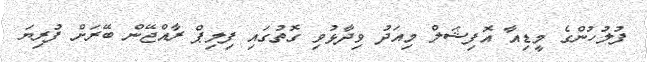
ފުލުހުންގެ މީޑިއާ އޮފިޝަލް މިއަދު ވިދާޅުވި ގޮތުގައި ފިލިޕް ރާއްޖޭން ބޭރަށް ފުރިޔަ